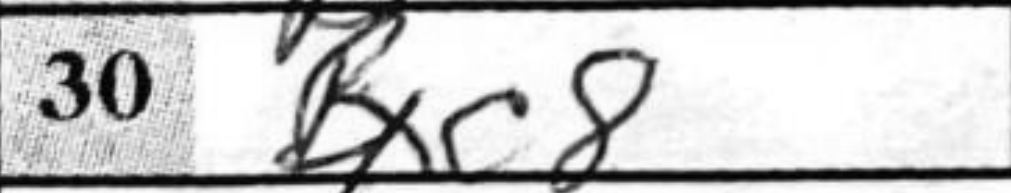
Transcription: Bxc8